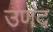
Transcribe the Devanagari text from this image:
उणंद